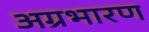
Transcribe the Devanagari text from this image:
अग्रभारण